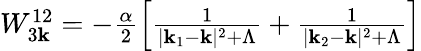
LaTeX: \begin{array}{r}{W_{3{\mathbf k}}^{12}=-\frac{\alpha}{2}\left[\frac{1}{|{\mathbf k}_{1}-{\mathbf k}|^{2}+\Lambda}+\frac{1}{|{\mathbf k}_{2}-{\mathbf k}|^{2}+\Lambda}\right]}\end{array}